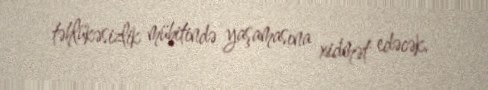
təhlükəsizlik mühitində yaşamasına xidmət edəcək.